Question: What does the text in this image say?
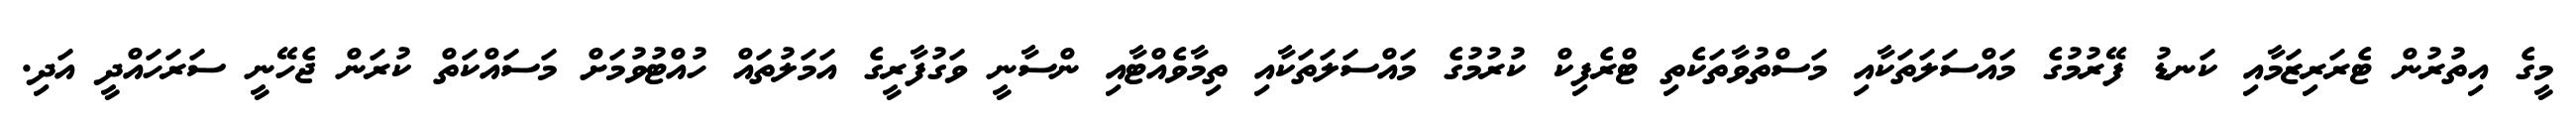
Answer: މީގެ އިތުރުން ޓެރަރިޒަމާއި ކަނޑު ފޭރުމުގެ މައްސަލަތަކާއި މަސްތުވާތަކެތި ޓްރެފިކް ކުރުމުގެ މައްސަލަތަކާއި ތިމާވެއްޓާއި ންސާނީ ވަގުފާރީގެ އަމަލުތައް ހުއްޓުވުމަށް މަސައްކަތް ކުރަން ޖެހޭނީ ސަރަހައްދީ އަދި.